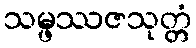
သမ္ဖဿဇသုတ္တံ